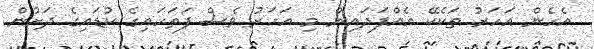
އެހެން އަހަރު ތަކެކޭ އެއްފަދައިން މި އަހަރު ވެސް ފަތަހައިގެ ކުޑައިގެ ދަށުން